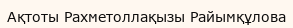
Ақтоты Рахметоллақызы Райымқұлова